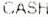
CASH